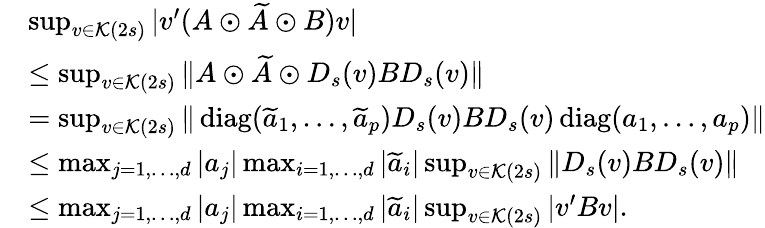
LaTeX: \begin{array}{rl}&{\operatorname*{sup}_{v\in\mathcal{K}(2s)}|v^{\prime}(A\odot\widetilde{A}\odot B)v|}\\ &{\leq\operatorname*{sup}_{v\in\mathcal{K}(2s)}\| A\odot\widetilde{A}\odot D_{s}(v)BD_{s}(v)\| }\\ &{=\operatorname*{sup}_{v\in\mathcal{K}(2s)}\| \operatorname{diag}(\widetilde{a}_{1},\dots,\widetilde{a}_{p})D_{s}(v)BD_{s}(v)\operatorname{diag}(a_{1},\dots,a_{p})\| }\\ &{\leq\operatorname*{max}_{j=1,\dots,d}|a_{j}|\operatorname*{max}_{i=1,\dots,d}|\widetilde{a}_{i}|\operatorname*{sup}_{v\in\mathcal{K}(2s)}\| D_{s}(v)BD_{s}(v)\| }\\ &{\leq\operatorname*{max}_{j=1,\dots,d}|a_{j}|\operatorname*{max}_{i=1,\dots,d}|\widetilde{a}_{i}|\operatorname*{sup}_{v\in\mathcal{K}(2s)}|v^{\prime}Bv|.}\end{array}